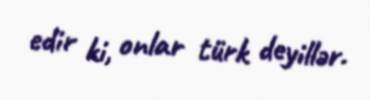
edir ki, onlar türk deyillər.